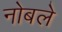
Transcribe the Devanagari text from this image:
नोबले